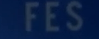
FES